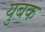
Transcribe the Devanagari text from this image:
युबक